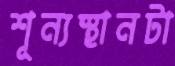
শূন্যস্থানটা